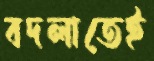
বদলাতেই